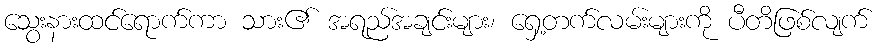
သွေးနားထင်ရောက်ကာ သား၏ အရည်အချင်းများ၊ ရှေ့တက်လမ်းများကို ပီတိဖြစ်လျက်